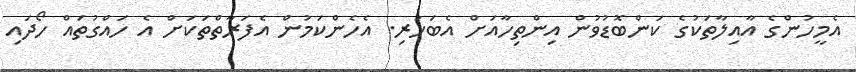
އެމީހުންގެ އާއިލާތަކުގެ ކަންބޮޑުވުން އިންތިހާއަށް އެބަހުރި. އެހެންކަމުން އެފަރާތްތަކަށް އެ ހައްގުތައް ހޯދައި